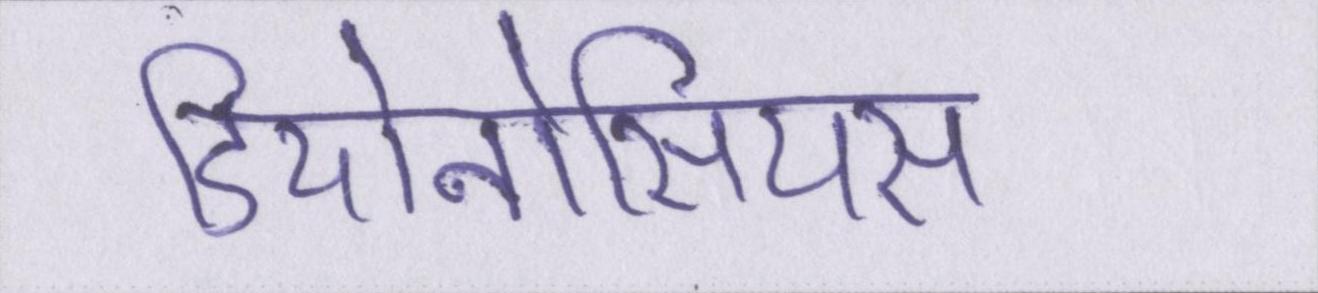
डियोनोसियस